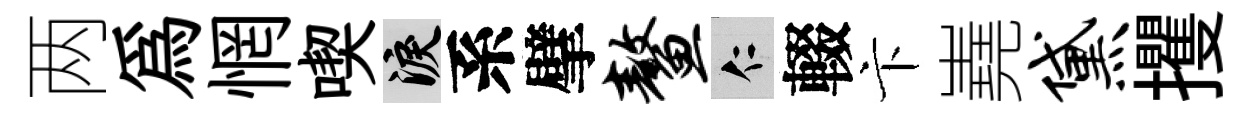
两為惘喫泪系擘鳌仁輟卞嶤黛攫